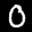
Label: 0